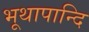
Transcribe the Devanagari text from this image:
भूथापान्दि